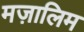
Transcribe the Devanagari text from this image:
मज़ालिम